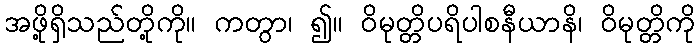
အဖို့ရှိသည်တို့ကို။ ကတွာ၊ ၍။ ဝိမုတ္တိပရိပါစနီယာနိ၊ ဝိမုတ္တိကို